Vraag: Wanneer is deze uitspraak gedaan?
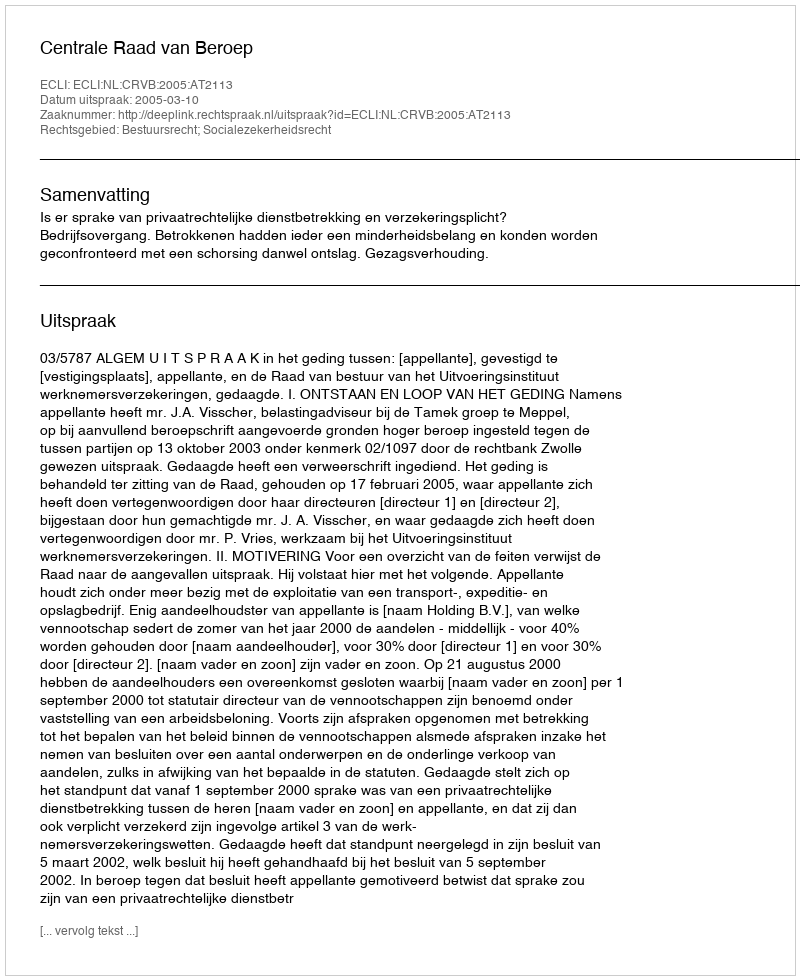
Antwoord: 2005-03-10